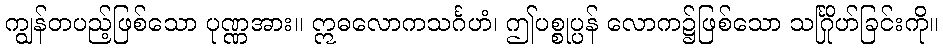
ကျွန်တပည့်ဖြစ်သော ပုဏ္ဏအား။ ဣဓလောကသင်္ဂဟံ၊ ဤပစ္စုပ္ပန် လောက၌ဖြစ်သော သင်္ဂြိုဟ်ခြင်းကို။